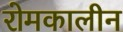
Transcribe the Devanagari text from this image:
रोमकालीन